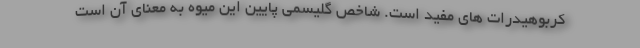
کربوهیدرات های مفید است. شاخص گلیسمی پایین این میوه به معنای آن است